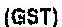
(GST)